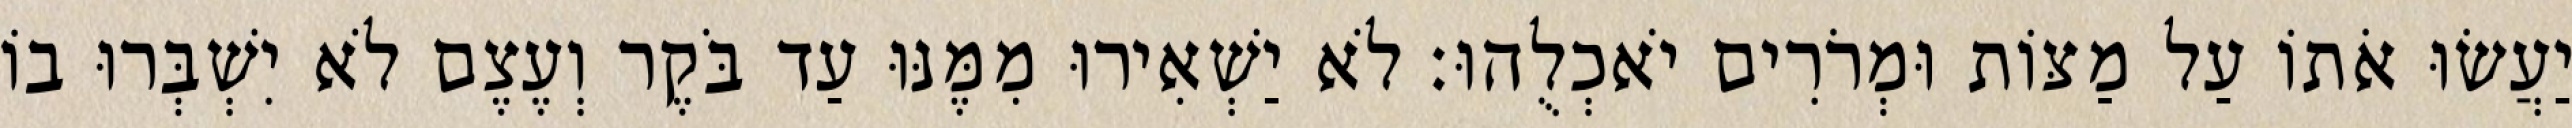
יַעֲשׂוּ אֹתוֹ עַל מַצּוֹת וּמְרֹרִים יֹאכְלֻהוּ׃ לֹא יַשְׁאִירוּ מִמֶּנּוּ עַד בֹּקֶר וְעֶצֶם לֹא יִשְׁבְּרוּ בוֹ